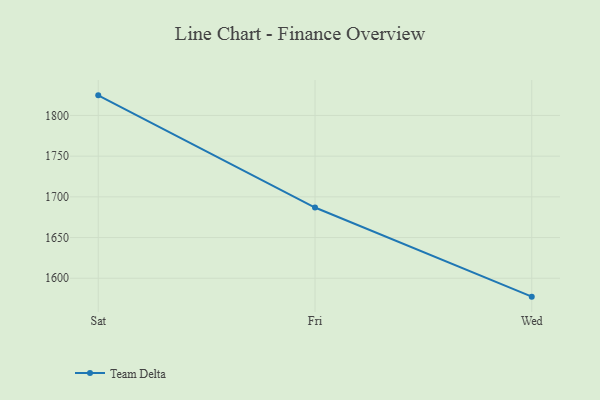
{"axis": {"x": "Day", "y": "Churn Rate (%)"}, "legend": ["Team Delta"], "data": [{"x": "Sat", "y": 1824.7, "type": "Team Delta"}, {"x": "Fri", "y": 1686.9, "type": "Team Delta"}, {"x": "Wed", "y": 1577.4, "type": "Team Delta"}]}